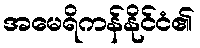
အမေရိကန်နိုင်ငံ၏